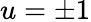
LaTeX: u=\pm 1